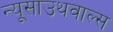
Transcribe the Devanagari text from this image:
न्यूसाउथवाल्स